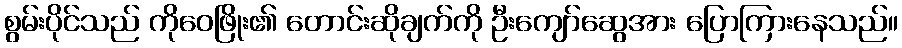
စွမ်းပိုင်သည် ကိုဝေဖြိုး၏ တောင်းဆိုချက်ကို ဦးကျော်ဆွေအား ပြောကြားနေသည်။